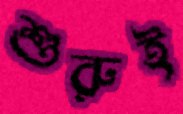
শুরুই